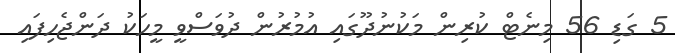
5 ގަޑި 56 މިނެޓް ކުރިން މަކުނުދޫގައި އުމުރުން ދުވަސްވީ މީހަކު ދަންޖެހިފައި